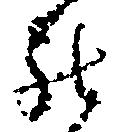
罷